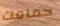
حمامك